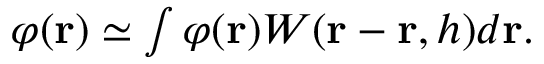
\begin{array} { r } { \varphi ( \boldsymbol { \mathbf { r } } ) \simeq \int \varphi ( \boldsymbol { \mathbf { r } } ) W ( \boldsymbol { \mathbf { r } } - \boldsymbol { \mathbf { \acute { r } } } , h ) d \boldsymbol { \mathbf { \acute { r } } } . } \end{array}